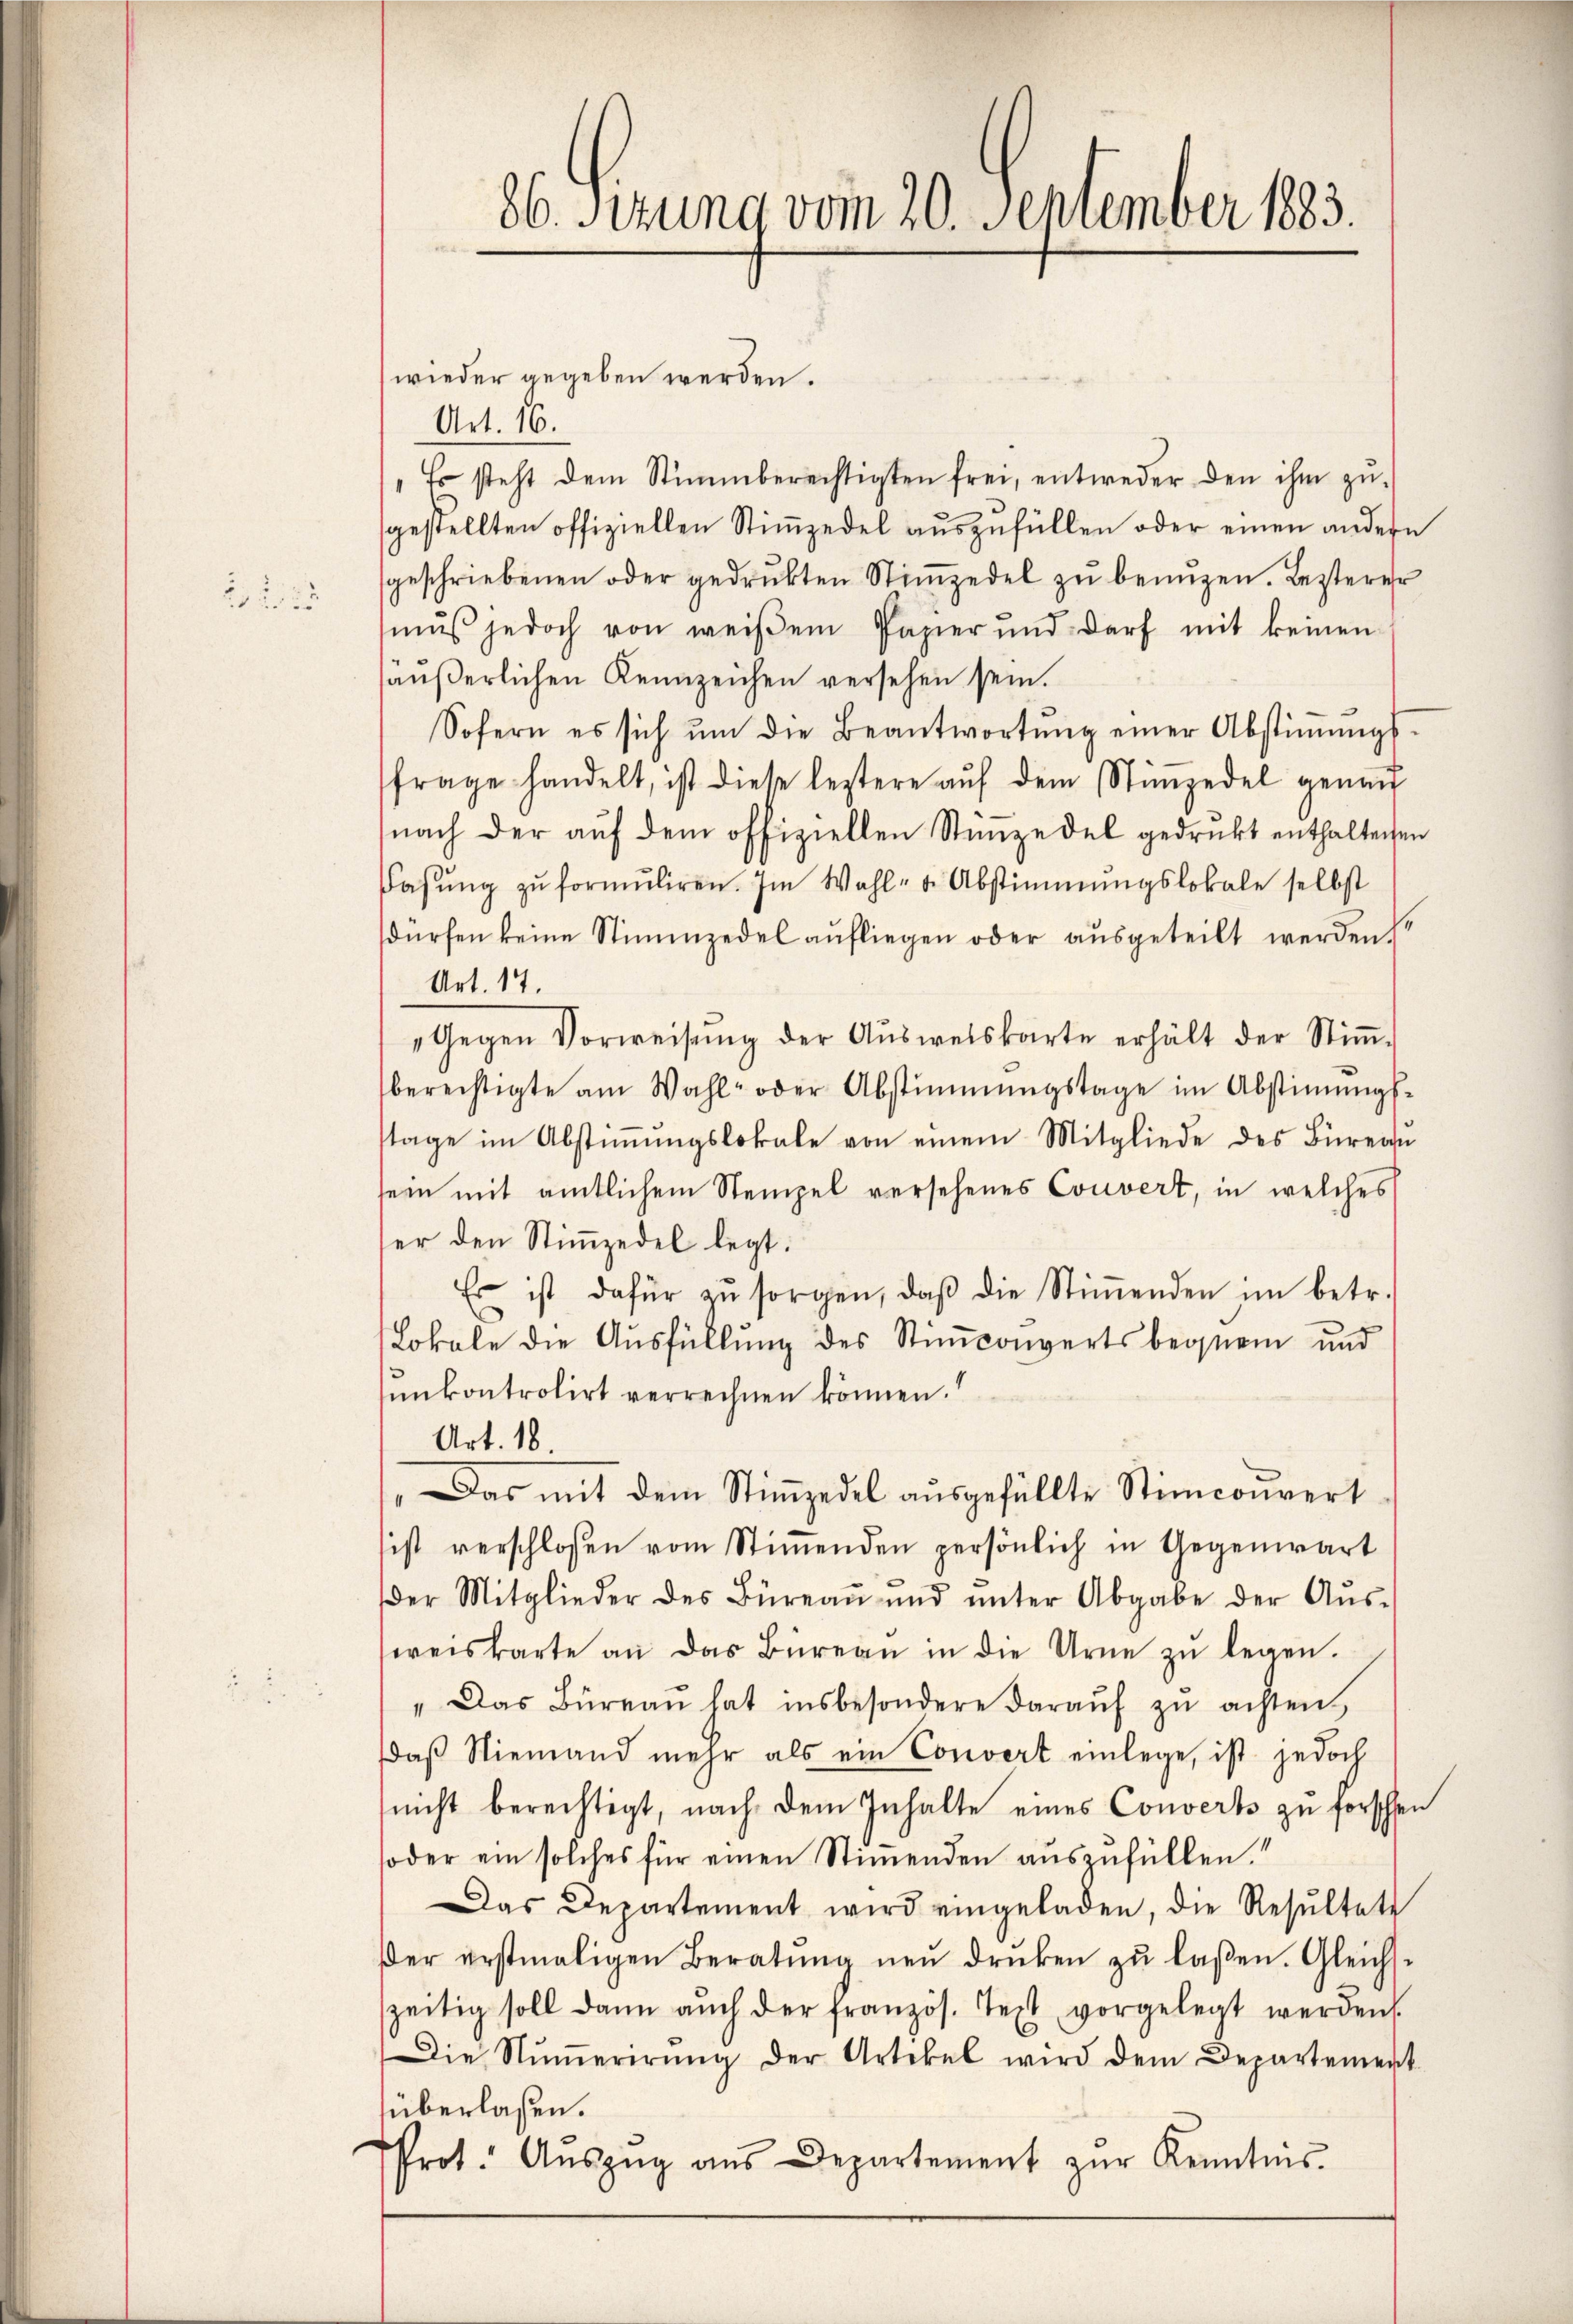
22 2

86. Sitzung vom 20. September 1883.

wieder gegeben werden.
Art. 16.
"Es steht dem Stimmberechtigten frei, entweder den ihm zŭ-
gestellten offiziellen Stimmzedel auszufüllen oder einen andern
geschriebenen oder gedrukten Stiṁzedel zŭ benŭtzen. Lezterer
mŭβ jedoch von weisem Papier und darf mit keinen
äŭβerlichen Kennzeichen versehen sein.
Sofern es sich ŭm die Beantwortŭng einer Abstiṁŭngs-
frage handelt, ist diese leztere aŭf dem Stiṁzedel genaŭ
nach der auf dem offiziellen Stimmzedel gedrukt enthaltenen
Pasŭng zŭ formŭliren. Im Wahl- u. Abstimmungslokale selbst
dürfen keine Stimmzedel aŭfliegen oder aŭsgeteilt werden
Art. 17.
Gegen Vorweisŭng der Aŭsweiskarte erhält der Stiṁ-
berechtigte am Wahl- oder Abstimmungstage im Abstimmigs-
stage im Abstiṁŭngslokale von einem Mitgliede des Büreaŭ
sein mit amtlichem Stempel versehenes Couvert, in welches
ser den Stimmzedel legt.
Es ist dafür zŭ sorgen, daβ die Stiṁenden im betr.
Lokale die Ausfüllung des Stimconverts bequem und
unkontrolirt verrechnen können.
Art. 18
Das mit dem Stimmzedel aŭsgefüllte Stimcouvert
ist verschlossen vom Stiṁenden persönlich in Gegenwart
der Mitglieder des Büreaŭ ŭnd ŭnter Abgabe der Aŭs-
weiskarte an das Büreaŭ in die Urne zŭ legen.
" Das Büreaŭ hat insbesondere daraŭf zŭ achten,
daβ Niemand mehr als ein Convert einlege, ist jedoch
nicht berechtigt, nach dem Inhalte eines Converts zu forschen
soder ein solches für einen Stiṁenden auszufüllen.
Das Departement wird eingeladen, die Resŭltate
der erstmaligen Beratŭng neŭ drŭcken zŭ lassen. Gleichs-
szeitig soll dann aŭch der französ. Text vorgelegt werden.
Die Nŭṁerirŭng der Artikel wird dem Departement
überlassen.
Prot. Aŭszŭg aŭs Departement zŭr Kenntnis.